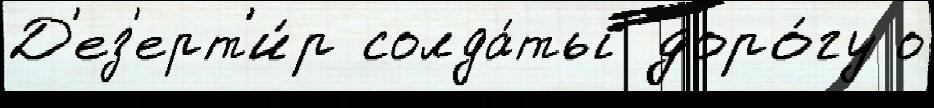
Д'ез'ерт'и́р солда́ты доро́гу о